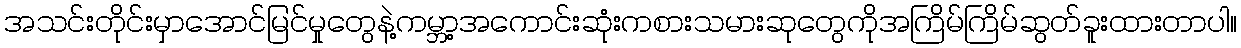
အသင်းတိုင်းမှာအောင်မြင်မှုတွေနဲ့ကမ္ဘာ့အကောင်းဆုံးကစားသမားဆုတွေကိုအကြိမ်ကြိမ်ဆွတ်ခူးထားတာပါ။